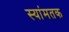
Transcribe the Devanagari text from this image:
स्यांमतक